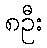
၈ဦး